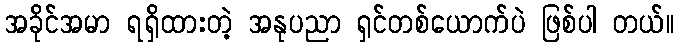
အခိုင်အမာ ရရှိထားတဲ့ အနုပညာ ရှင်တစ်ယောက်ပဲ ဖြစ်ပါ တယ်။